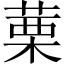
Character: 䔁